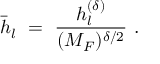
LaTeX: \bar { h } _ { l } \ = \ \frac { h _ { l } ^ { ( \delta ) } } { ( M _ { F } ) ^ { \delta / 2 } } \ .